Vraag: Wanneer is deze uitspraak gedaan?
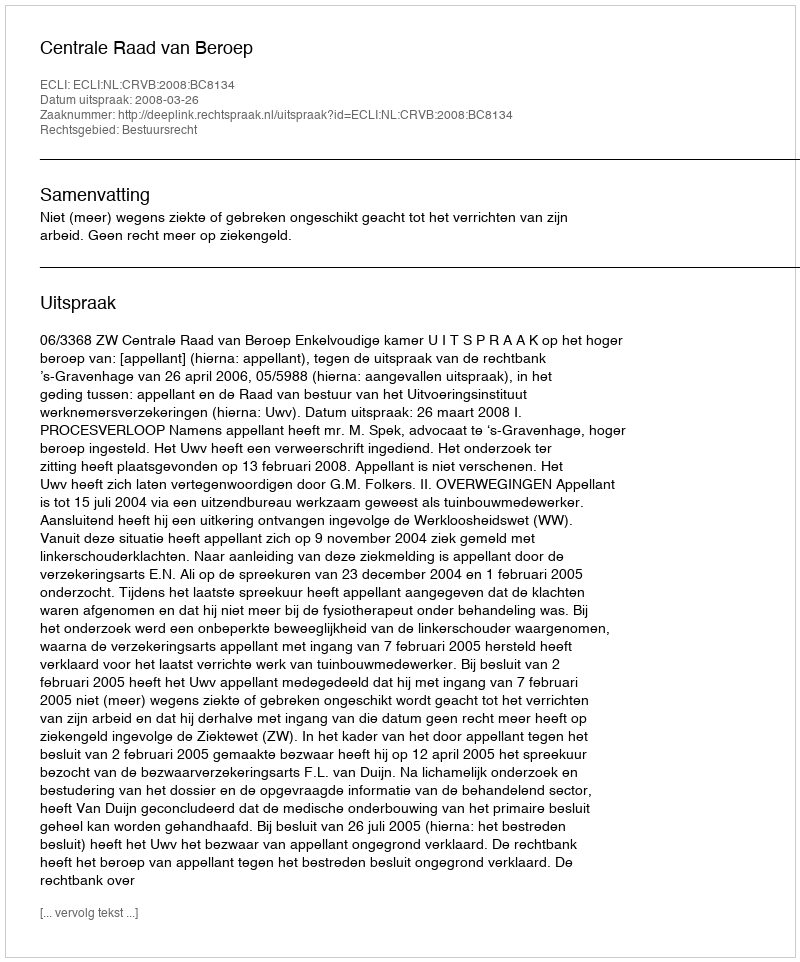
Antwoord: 2008-03-26